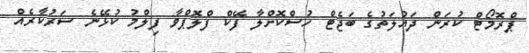
ޕްރޮމޯޓް ކުރަން ދައުލަތުގެ ބަޖެޓް ހުސްކޮޮށްލާ ފޭކް ފްލޮޕްވާ ފިލްމު ކުޅޭނެ ސަރުކާރެއް